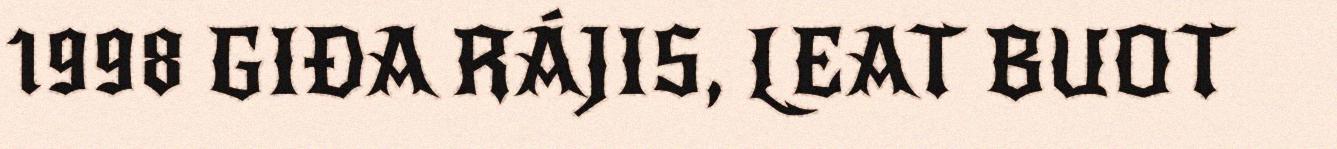
1998 GIĐA RÁJIS, LEAT BUOT